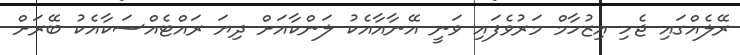
ރޭލެއްގައި ޖެހި އިޒުހާމް މަރުވެފައި ވަނީ އޭނާއާއެކު ލަންކާއަށް ދިޔަ ރައްޓެއްސަކާއެކު ބޭރަށް